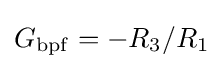
G_{\mathrm {bpf} }=-R_{3}/R_{1}